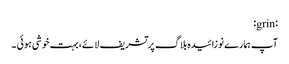
:grin:
آپ ہمارے نوزائیدہ بلاگ پر تشریف لائے، بہت خوشی ہوئی ۔